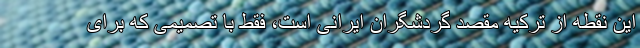
این نقطه از ترکیه مقصد گردشگران ایرانی است، فقط با تصمیمی که برای